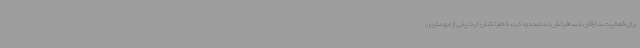
برای فعالیت سارقان مسافرکش نما محدود کرد، خاطرنشان کرد: یکی از مهمترین